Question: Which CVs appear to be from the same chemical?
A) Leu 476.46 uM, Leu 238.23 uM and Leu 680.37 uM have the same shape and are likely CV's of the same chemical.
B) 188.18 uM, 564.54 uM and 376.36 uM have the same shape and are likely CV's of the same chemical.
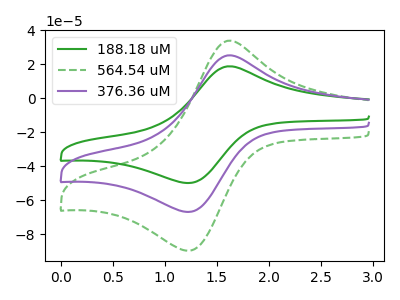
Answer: <think>The green curve "188.18 uM" has an anodic peak at (1.60V, 18.85uA) and a cathodic peak at (1.25V, -49.90uA). The green dashed curve "564.54 uM" has an anodic peak at (1.60V, 50.55uA) and a cathodic peak at (1.25V, -133.90uA). The purple curve "376.36 uM" has an anodic peak at (1.60V, 25.25uA) and a cathodic peak at (1.25V, -66.95uA).
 All the peaks in "188.18 uM" have a peak in "564.54 uM" at the same potential. Every peak in "188.18 uM" is lower than every peak in "564.54 uM". All the peaks in "188.18 uM" have a peak in "376.36 uM" at the same potential. Every peak in "188.18 uM" is lower than every peak in "376.36 uM". All the peaks in "564.54 uM" have a peak in "376.36 uM" at the same potential. Every peak in "564.54 uM" is higher than every peak in "376.36 uM".</think>
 <answer>B) "188.18 uM", "564.54 uM" and "376.36 uM" have the same shape and are likely CV's of the same chemical.</answer>
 <eval>B</eval>